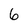
Character: 6